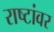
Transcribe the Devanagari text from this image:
राष्टांवर